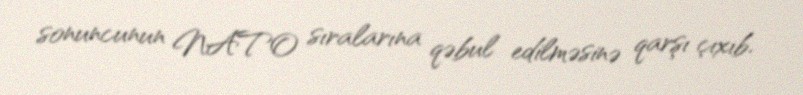
sonuncunun NATO sıralarına qəbul edilməsinə qarşı çıxıb.